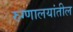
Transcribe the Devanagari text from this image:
रुग्णालयांतील